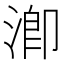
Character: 𣹜